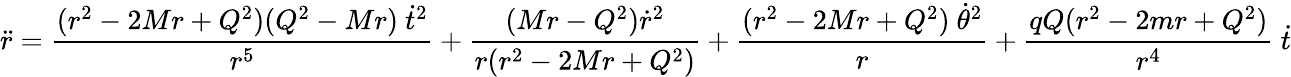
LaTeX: {\ddot{r}}={\frac{(r^{2}-2Mr+Q^{2})(Q^{2}-Mr)\ {\dot{t}}^{2}}{r^{5}}}+{\frac{(Mr-Q^{2}){\dot{r}}^{2}}{r(r^{2}-2Mr+Q^{2})}}+{\frac{(r^{2}-2Mr+Q^{2})\ {\dot{\theta}}^{2}}{r}}+{\frac{qQ(r^{2}-2mr+Q^{2})}{r^{4}}}\ {\dot{t}}